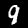
Digit: 9